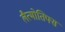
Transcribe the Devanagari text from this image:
लैत्मोतिफ्स